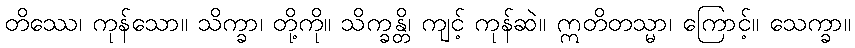
တိဿေ၊ ကုန်သော။ သိက္ခာ၊ တို့ကို။ သိက္ခန္တိ၊ ကျင့် ကုန်ဆဲ။ ဣတိတသ္မာ၊ ကြောင့်။ သေက္ခာ။